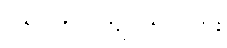
၂၆။ ၇၅၀ ကျပ် ၅၀ ပြား